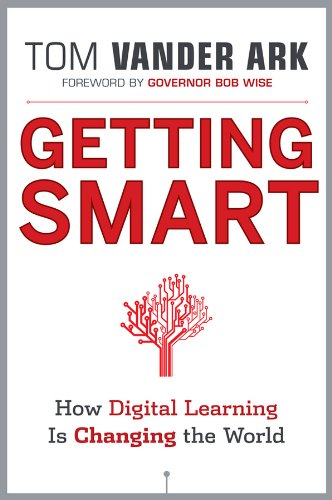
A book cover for Getting Smart: How Digital Learning is Changing the World; Tom Vander Ark; Education & Teaching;